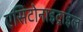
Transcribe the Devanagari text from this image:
एसिटोनाइट्राइल